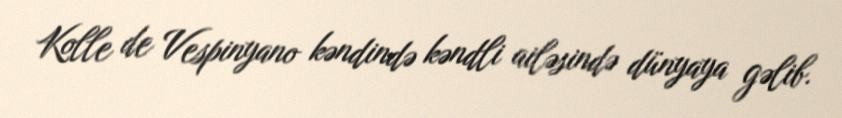
Kolle de Vespinyano kəndində kəndli ailəsində dünyaya gəlib.